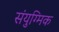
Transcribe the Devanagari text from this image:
संयुग्मिक